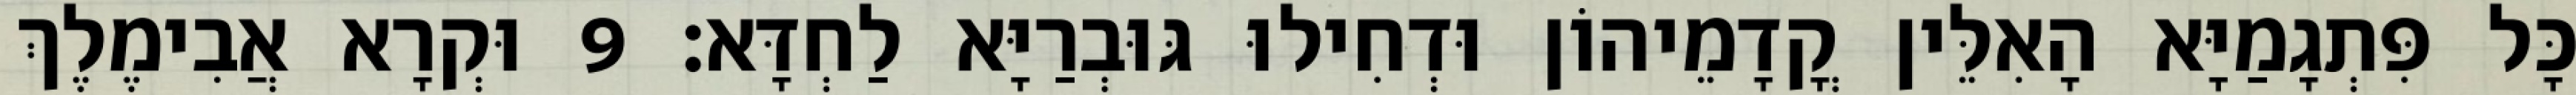
כָּל פִּתְגָמַיָּא הָאִלֵּין קֳדָמֵיהוֹן וּדְחִילוּ גּוּבְרַיָּא לַחְדָּא׃ 9 וּקְרָא אֲבִימֶלֶךְ